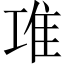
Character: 𨾊